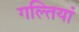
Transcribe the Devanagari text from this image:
गल्तियां